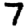
Digit: 7